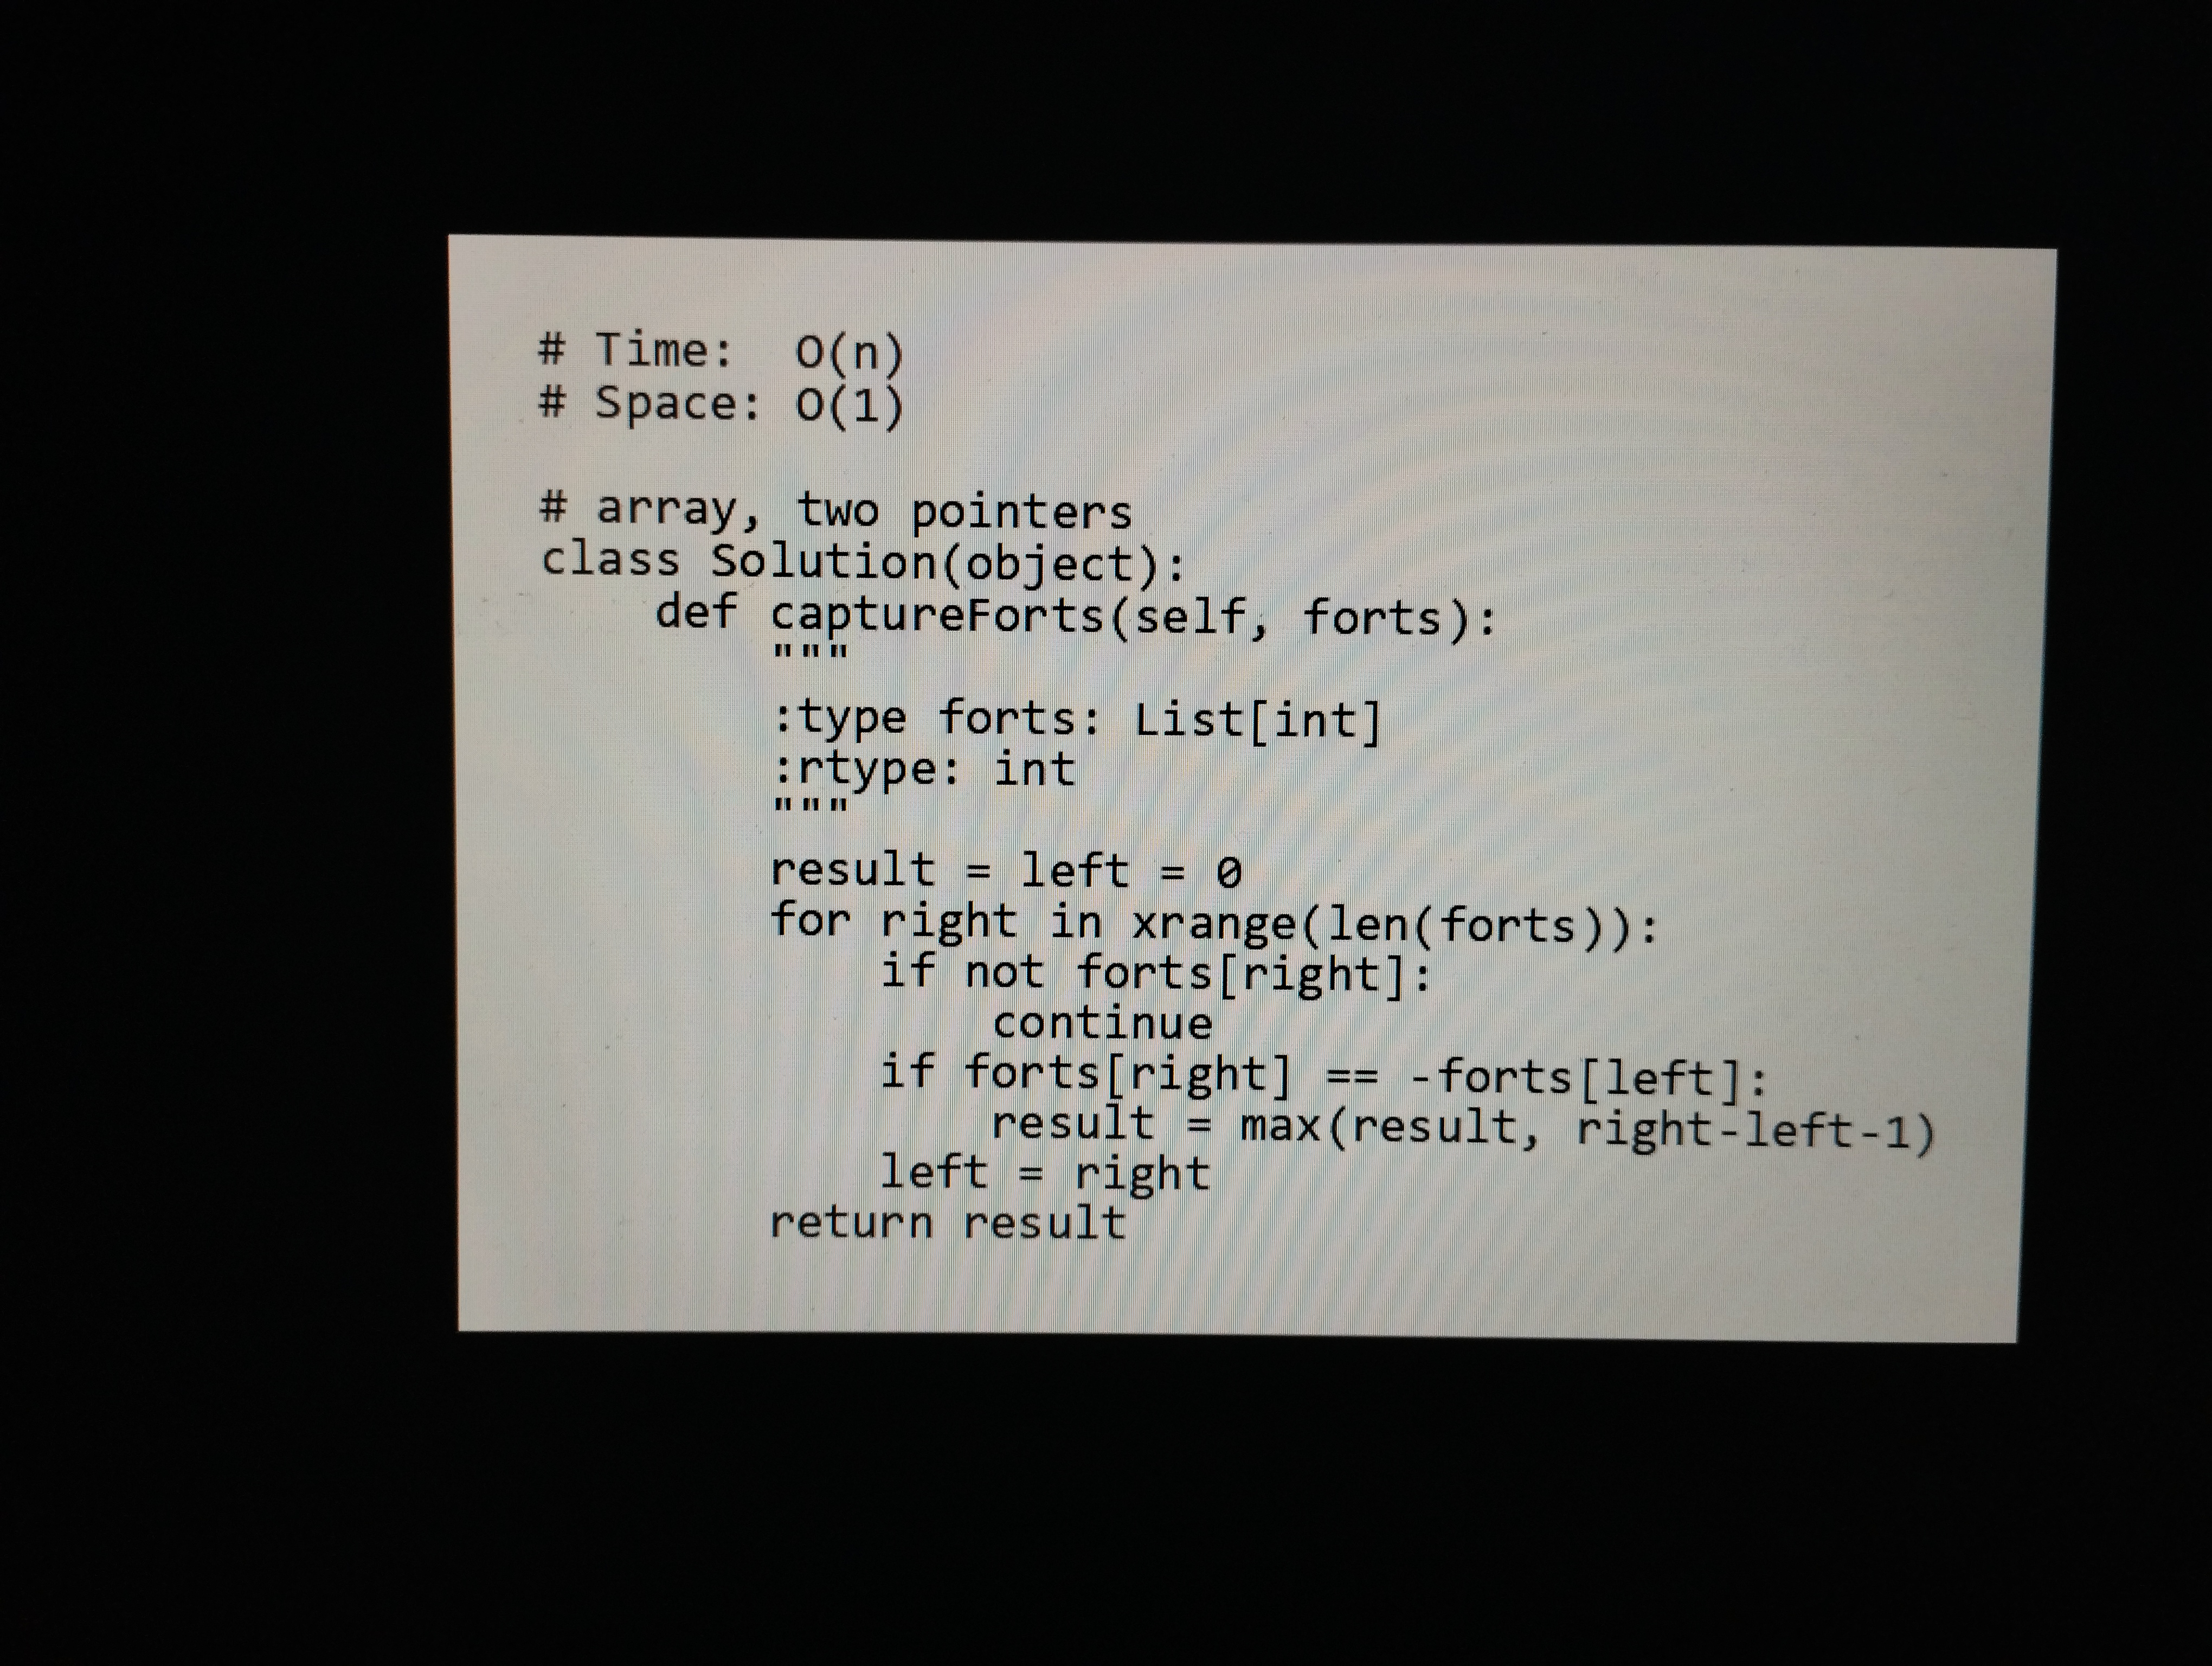
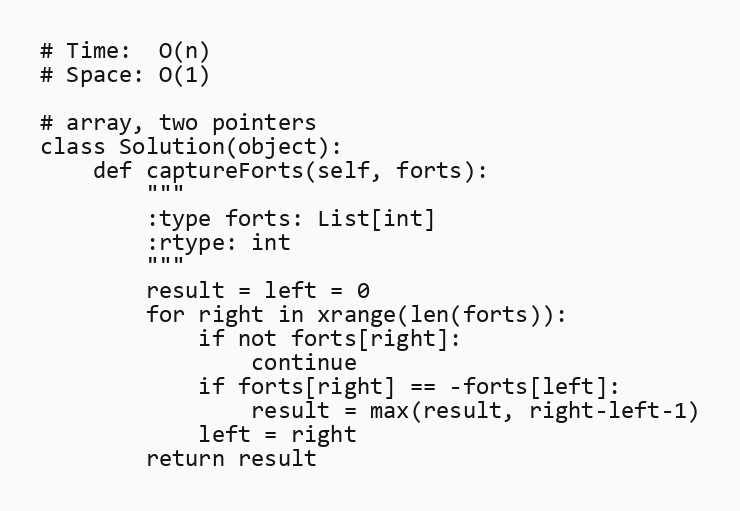
# Time:  O(n)
# Space: O(1)

# array, two pointers
class Solution(object):
    def captureForts(self, forts):
        """
        :type forts: List[int]
        :rtype: int
        """
        result = left = 0
        for right in xrange(len(forts)):
            if not forts[right]:
                continue
            if forts[right] == -forts[left]:
                result = max(result, right-left-1)
            left = right
        return result